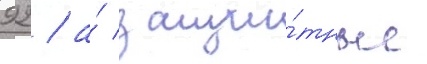
92 / а́ защи́тные